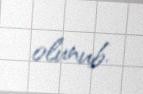
olunub.